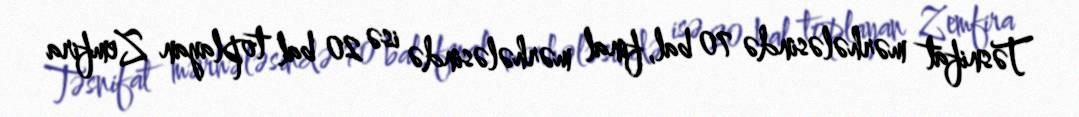
Təsnifat mərhələsində 70 bal, final mərhələsində isə 20 bal toplayan Zemfira